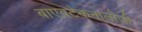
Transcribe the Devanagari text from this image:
बाएवटेकनालोजी